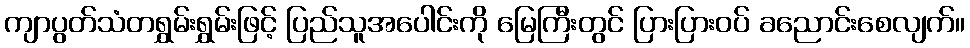
ကျာပွတ်သံတရွှမ်းရွှမ်းဖြင့် ပြည်သူအပေါင်းကို မြေကြီးတွင် ပြားပြားဝပ် ခညောင်းစေလျက်။